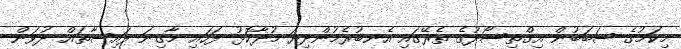
މިކަމުގެ ސަބަބުން އިގްތިސޯދުގެ ތެރޭގައި އެނބުރެމުންދިޔަ މުދާކޮޅު ފަހައި މާގިނަ ފައިސާތައް ދުވަން